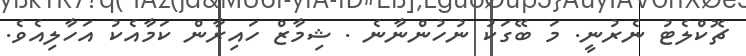
ޗޮކްލެޓު ނެރުނީ. މަ ބޭގަކު ނުހުންނާނެ . ޝިމާޒް ހައިރާން ކަމާއެކު އަހާލިއެވެ.